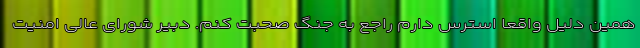
همین دلیل واقعا استرس دارم راجع به جنگ صحبت کنم. دبیر شورای عالی امنیت